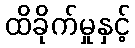
ထိခိုက်မှုနှင့်